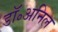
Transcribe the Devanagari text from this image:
डॉ॰अनिल